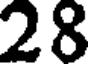
28